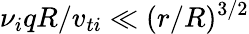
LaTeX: \nu_{i}qR/v_{ti}\ll(r/R)^{3/2}